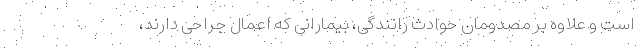
است و علاوه بر مصدومان حوادث رانندگی، بیمارانی که اعمال جراحی دارند،